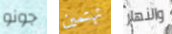
جونو تهتمين والنهار